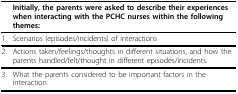
<table><thead><tr><td></td><td><b>Initially, the parents were asked to describe their experiences when interacting with the PCHC nurses within the following themes:</b></td></tr></thead><tbody><tr><td>1.</td><td>Scenarios (episodes/incidents) of interactions</td></tr><tr><td>2.</td><td>Actions taken/feelings/thoughts in different situations, and how the parents handled/felt/thought in different episodes/incidents.</td></tr><tr><td>3.</td><td>What the parents considered to be important factors in the interaction.</td></tr></tbody></table>